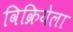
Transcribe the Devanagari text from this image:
विक्रियेला